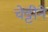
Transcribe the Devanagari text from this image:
चेट्टीने